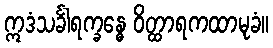
ဣဒံသင်္ခါရက္ခန္ဓေ ဝိတ္ထာရကထာမုခံ။